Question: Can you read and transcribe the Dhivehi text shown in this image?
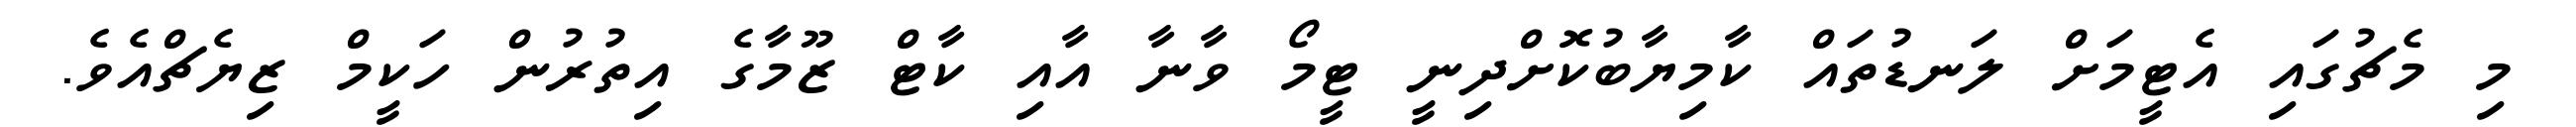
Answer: މި މެޗުގައި އެޓީމަށް ލަނޑުތައް ކާމިޔާބުކޮށްދިނީ ޓީމޯ ވާނާ އާއި ކާޓް ޒޫމާގެ އިތުރުން ހަކީމް ޒިޔެޗްއެވެ.